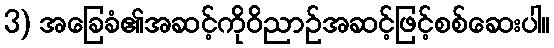
3) အခြေခံ၏အဆင့်ကိုဝိညာဉ်အဆင့်ဖြင့်စစ်ဆေးပါ။